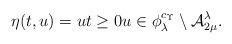
LaTeX: \begin{align*} \eta(t,u) = u t \ge 0 u \in \phi_\lambda^{ c_\Upsilon } \setminus {\cal A}_{2 \mu}^\lambda.\end{align*}